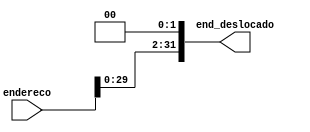
module deslocamento(endereco, end_deslocado);
  input [31:0] endereco;
  output reg [31:0] end_deslocado;

  always@(endereco) begin
    end_deslocado = endereco << 2;
  end
endmodule